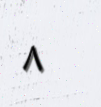
٨